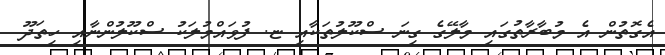
އެގޮތުން އެ މުބާރާތުގައި މާލޭގެ ގިނަ ސްކޫލުތަކާއި ޏ. ފުވައްމުލަކު ސްކޫލުންނާއި ހިތަދޫ